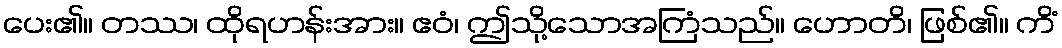
ပေး၏။ တဿ၊ ထိုရဟန်းအား။ ဧဝံ၊ ဤသို့သောအကြံသည်။ ဟောတိ၊ ဖြစ်၏။ ကိံ